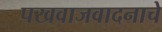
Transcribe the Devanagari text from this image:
पखवाजवादनाचे